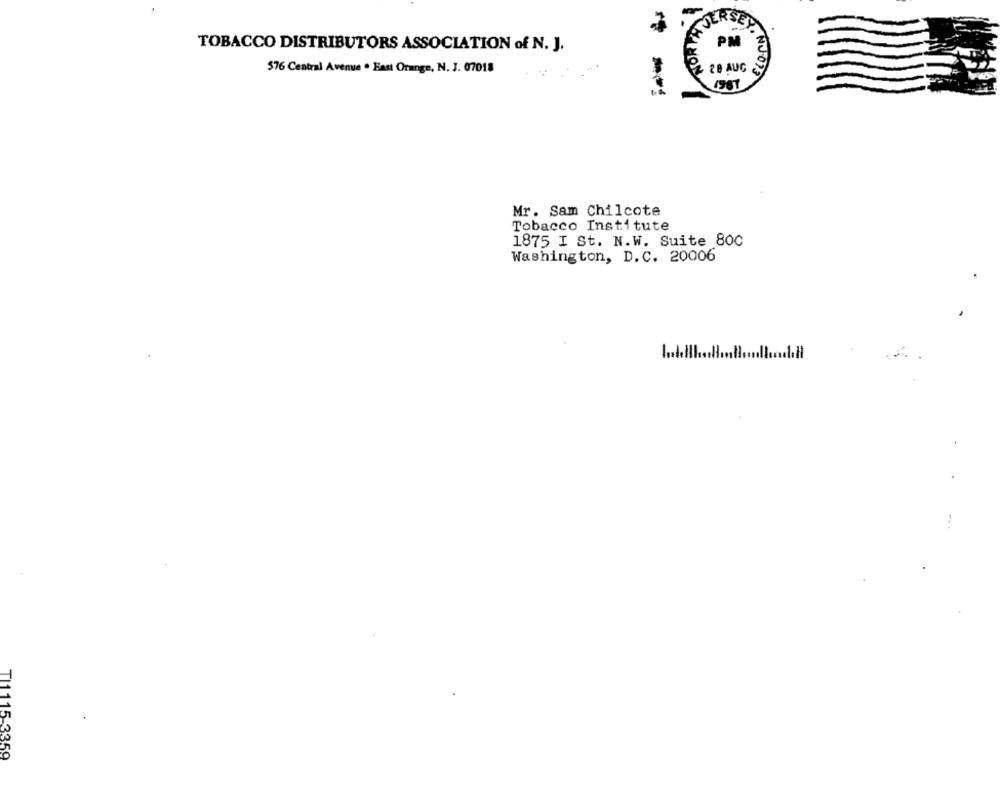
NORTH
ELOCH
TOBACCO DISTRIBUTORS ASSOCIATION of N. J.
576 Central Avenue . Bast Orange, N. J. 07018
Mr. Sam Chilcote
Tobacco Institute
1875 I St. N.W. Suite 800
Washington, D.C. 20006
TI1115-3359